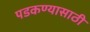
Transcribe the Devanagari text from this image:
पडकण्यासाठी